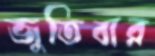
জুতিবার